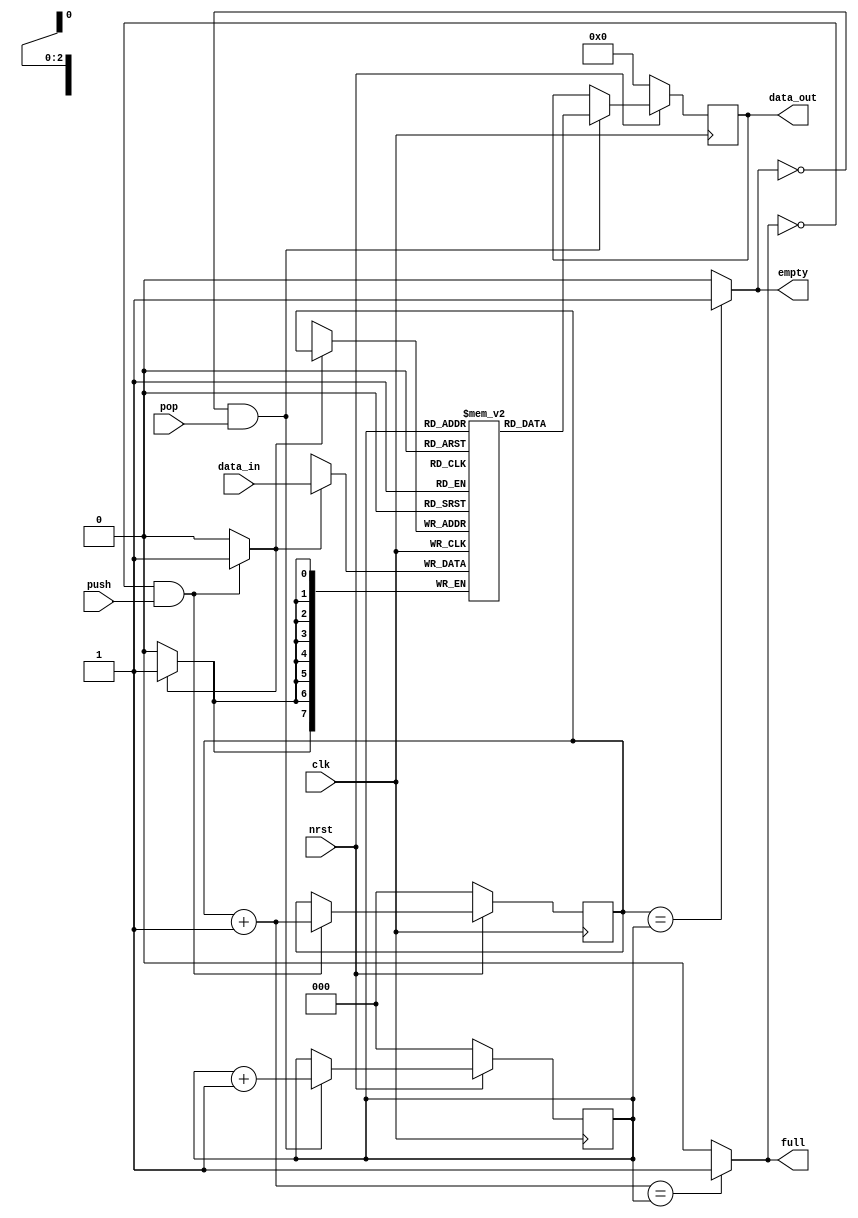
module fifo #(
  parameter DATA_WID = 8,
  parameter DEPTH    = 8,
  parameter DEPL2    = 3
  )(
  input  wire                  clk,
  input  wire                  nrst,
  input  wire                  push,
  input  wire                  pop,
  input  wire [DATA_WID-1 : 0] data_in,
  output reg  [DATA_WID-1 : 0] data_out,
  output reg                   full,
  output reg                   empty
);
  
  
  reg                   wr_en;
  reg  [DEPL2-1:0]      rd_addr,wr_addr;
  wire [DATA_WID-1 : 0] rf_out;
  
  /*regfile U0(
    .clk(clk),
    .wr_addr(wr_addr),
    .wr_en(wr_en),
    .wr_data(data_in),
    .rd_addr(rd_addr),
    .rd_data(rf_out)
  );*/

  reg [DATA_WID-1 : 0] store [0 : DEPTH-1];
  always@(posedge clk)
    if (wr_en)
      store[wr_addr] <= data_in;

  assign rf_out = store[rd_addr];
  
  wire [DEPL2-1:0] next_wr_addr, next_rd_addr;
  assign next_wr_addr = wr_addr + 1;
  assign next_rd_addr = rd_addr + 1;
  
  always@(*)
    if (!full && push)
      wr_en <= 1'b1;
  	else
      wr_en <= 0;
  
  always@(posedge clk)
    if (!nrst)
      wr_addr <= 0;
  	else
      if (!full && push)
        wr_addr <= next_wr_addr;
  
  always@(*)
    if (next_wr_addr == rd_addr)
      full <= 1'b1;
  	else
      full <= 0;
   
  always@(posedge clk)
    if (!nrst)
      rd_addr <= 0;
  	else
      if (!empty && pop)
        rd_addr <= next_rd_addr;
  
  always@(*)
    if (wr_addr == rd_addr)
      empty <= 1'b1;
  	else
      empty <= 0;
  
  always@(posedge clk)
    if (!nrst)
      data_out <= 0;
  	else
      if (!empty && pop)
        data_out <= rf_out;
  
endmodule